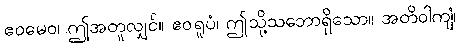
ဧဝမေဝ၊ ဤအတူလျှင်။ ဧဝရူပံ၊ ဤသို့သဘောရှိသော။ အတိဝါကျံ၊